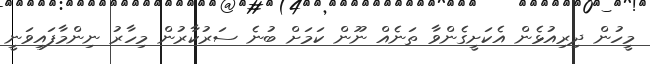
މީހުން ދިރިއުޅެން އެކަށީގެންވާ ތަނެއް ނޫން ކަމަށް ބުނެ ސަރުކާރުން މިހާރު ނިންމާފައިވަނީ